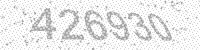
Solution: 426930